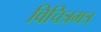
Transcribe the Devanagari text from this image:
विचित्रमत्र